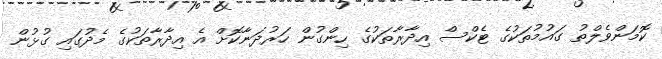
ކޮމަންވެލްތު ގައުމުތަކުގެ ޓެކްސް އިދާރާތަކުގެ ހިންގުން ހަރުދަނާކޮށް އެ އިދާރާތަކުގެ މެދުގައި ގުޅުން